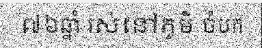
៧៦ឆ្នាំ រស់នៅភូមិ ចំបក